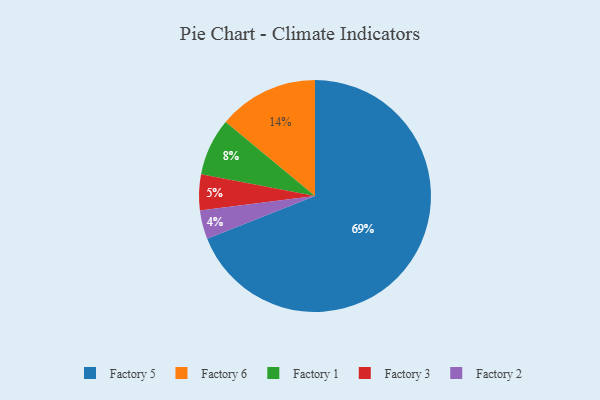
{"axis": {"x": "Category", "y": "Percentage"}, "legend": ["Factory 1", "Factory 2", "Factory 3", "Factory 5", "Factory 6"], "data": [{"x": "Factory 6", "y": 14, "type": "Factory 6"}, {"x": "Factory 3", "y": 5, "type": "Factory 3"}, {"x": "Factory 5", "y": 69, "type": "Factory 5"}, {"x": "Factory 2", "y": 4, "type": "Factory 2"}, {"x": "Factory 1", "y": 8, "type": "Factory 1"}]}